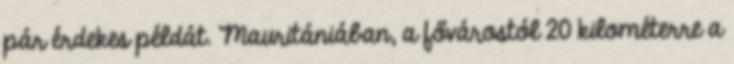
pár érdekes példát. Mauritániában, a fővárostól 20 kilométerre a